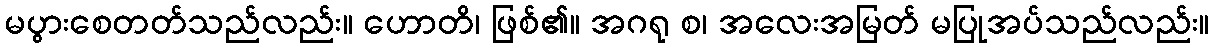
မပွားစေတတ်သည်လည်း။ ဟောတိ၊ ဖြစ်၏။ အဂရု စ၊ အလေးအမြတ် မပြုအပ်သည်လည်း။